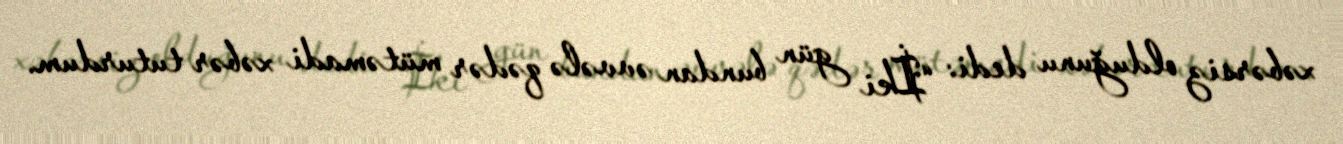
xəbərsiz olduğunu dedi: “İki gün bundan əvvələ qədər mütəmadi xəbər tuturdum.